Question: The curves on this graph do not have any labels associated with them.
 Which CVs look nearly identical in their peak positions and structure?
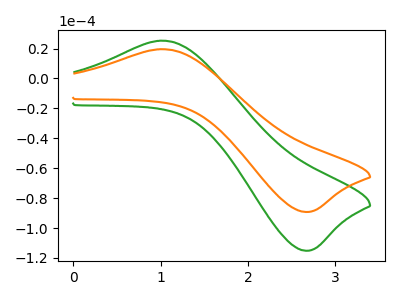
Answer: <think>The green curve "green" has an anodic peak at (1.00V, 25.30uA) and a cathodic peak at (2.65V, -115.20uA). The orange curve "orange" has an anodic peak at (1.00V, 19.60uA) and a cathodic peak at (2.65V, -89.30uA).
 All the peaks in "green" have a peak in "orange" at the same potential. Every peak in "green" is higher than every peak in "orange".</think>
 <answer>"orange" and "green" have the same shape and are likely CV's of the same chemical.</answer>
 <eval>"orange" "green"</eval>